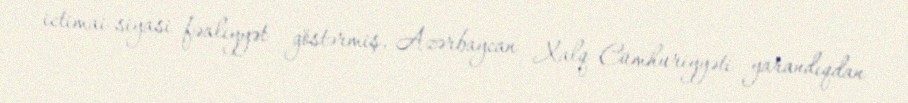
ictimai-siyasi fəaliyyət göstərmiş, Azərbaycan Xalq Cümhuriyyəti yarandıqdan